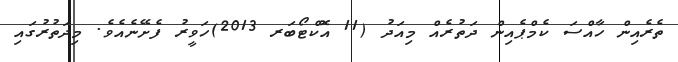
ތެރެއިން ހާއްސަ ކެމްޕެއިން ދަތުރެއް މިއަދު (11 އޮކްޓޯބަރ 2013)ހަވީރު ފެށޭނެއެވެ. މިދަތުރުގައި